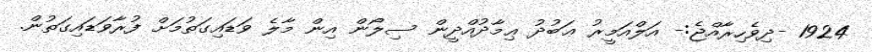
1924 -ދިވެހިރާއްޖެ:- އަލްއަމީރު ޢަބުދު ޢިމާދުއްދީން ސިލޯން އިން މާލެ ވަޑައިގަތުމަށް ފުރާވަޑައިގަތުން.